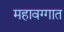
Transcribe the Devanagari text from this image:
महावग्गात